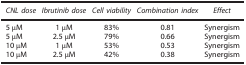
<table><thead><tr><td><b><i>CNL dose</i></b></td><td><b><i>Ibrutinib dose</i></b></td><td><b><i>Cell viability</i></b></td><td><b><i>Combination index</i></b></td><td><b><i>Effect</i></b></td></tr></thead><tbody><tr><td>5 μM</td><td>1 μM</td><td>83%</td><td>0.81</td><td>Synergism</td></tr><tr><td>5 μM</td><td>2.5 μM</td><td>79%</td><td>0.66</td><td>Synergism</td></tr><tr><td>10 μM</td><td>1 μM</td><td>53%</td><td>0.53</td><td>Synergism</td></tr><tr><td>10 μM</td><td>2.5 μM</td><td>42%</td><td>0.38</td><td>Synergism</td></tr></tbody></table>